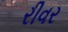
રીવર